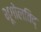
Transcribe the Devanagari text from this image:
भूगोलविद्